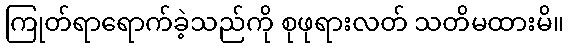
ကြုတ်ရာရောက်ခဲ့သည်ကို စုဖုရားလတ် သတိမထားမိ။